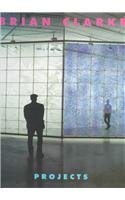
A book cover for Projects; Brian Clarke; Arts & Photography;